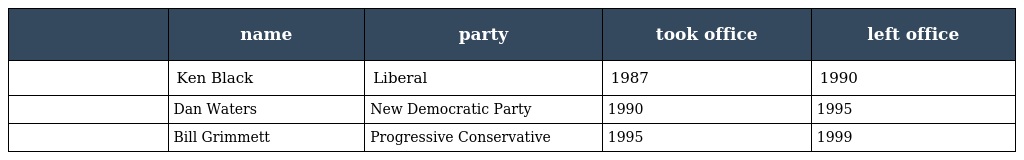
|  | name | party | took office | left office |
 | --- | --- | --- | --- | --- |
 |  | Ken Black | Liberal | 1987 | 1990 |
 |  | Dan Waters | New Democratic Party | 1990 | 1995 |
 |  | Bill Grimmett | Progressive Conservative | 1995 | 1999 |